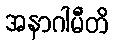
အနာဂါမီတိ